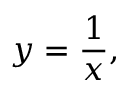
y = { \frac { 1 } { x } } ,